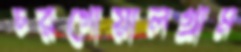
চরগোয়ালগ্রাম